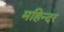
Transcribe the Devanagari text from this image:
महिन्दर